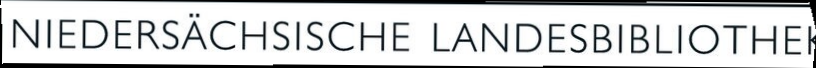
NIEDERSACHSISEHE LANDESBIBLIOTHEN